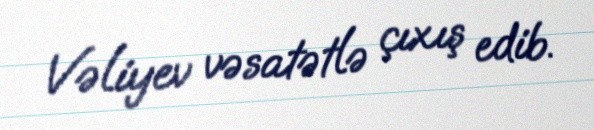
Vəliyev vəsatətlə çıxış edib.